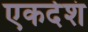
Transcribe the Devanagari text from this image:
एकदेशं